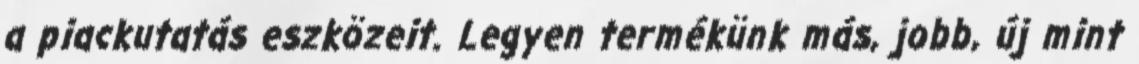
a piackutatás eszközeit. Legyen termékünk más, jobb, új mint